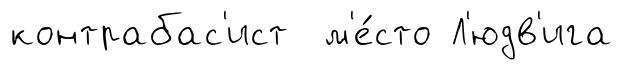
контрабас'ист м'е́сто Л'юдв'ига